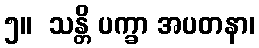
၅။  သန္တိ ပက္ခာ အပတနာ၊